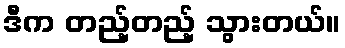
ဒီက တည့်တည့် သွားတယ်။